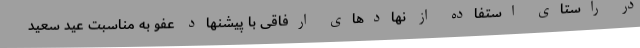
در راستای استفاده از نهادهای ارفاقی با پیشنهاد عفو به مناسبت عید سعید